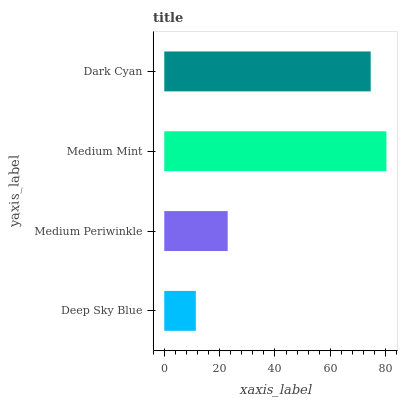
| yaxis_label | bars |
 | --- | --- |
 | Deep Sky Blue | 11.4 |
 | Medium Periwinkle | 22.9 |
 | Medium Mint | 80.2 |
 | Dark Cyan | 74.6 |